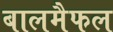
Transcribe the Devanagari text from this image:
बालमैफल